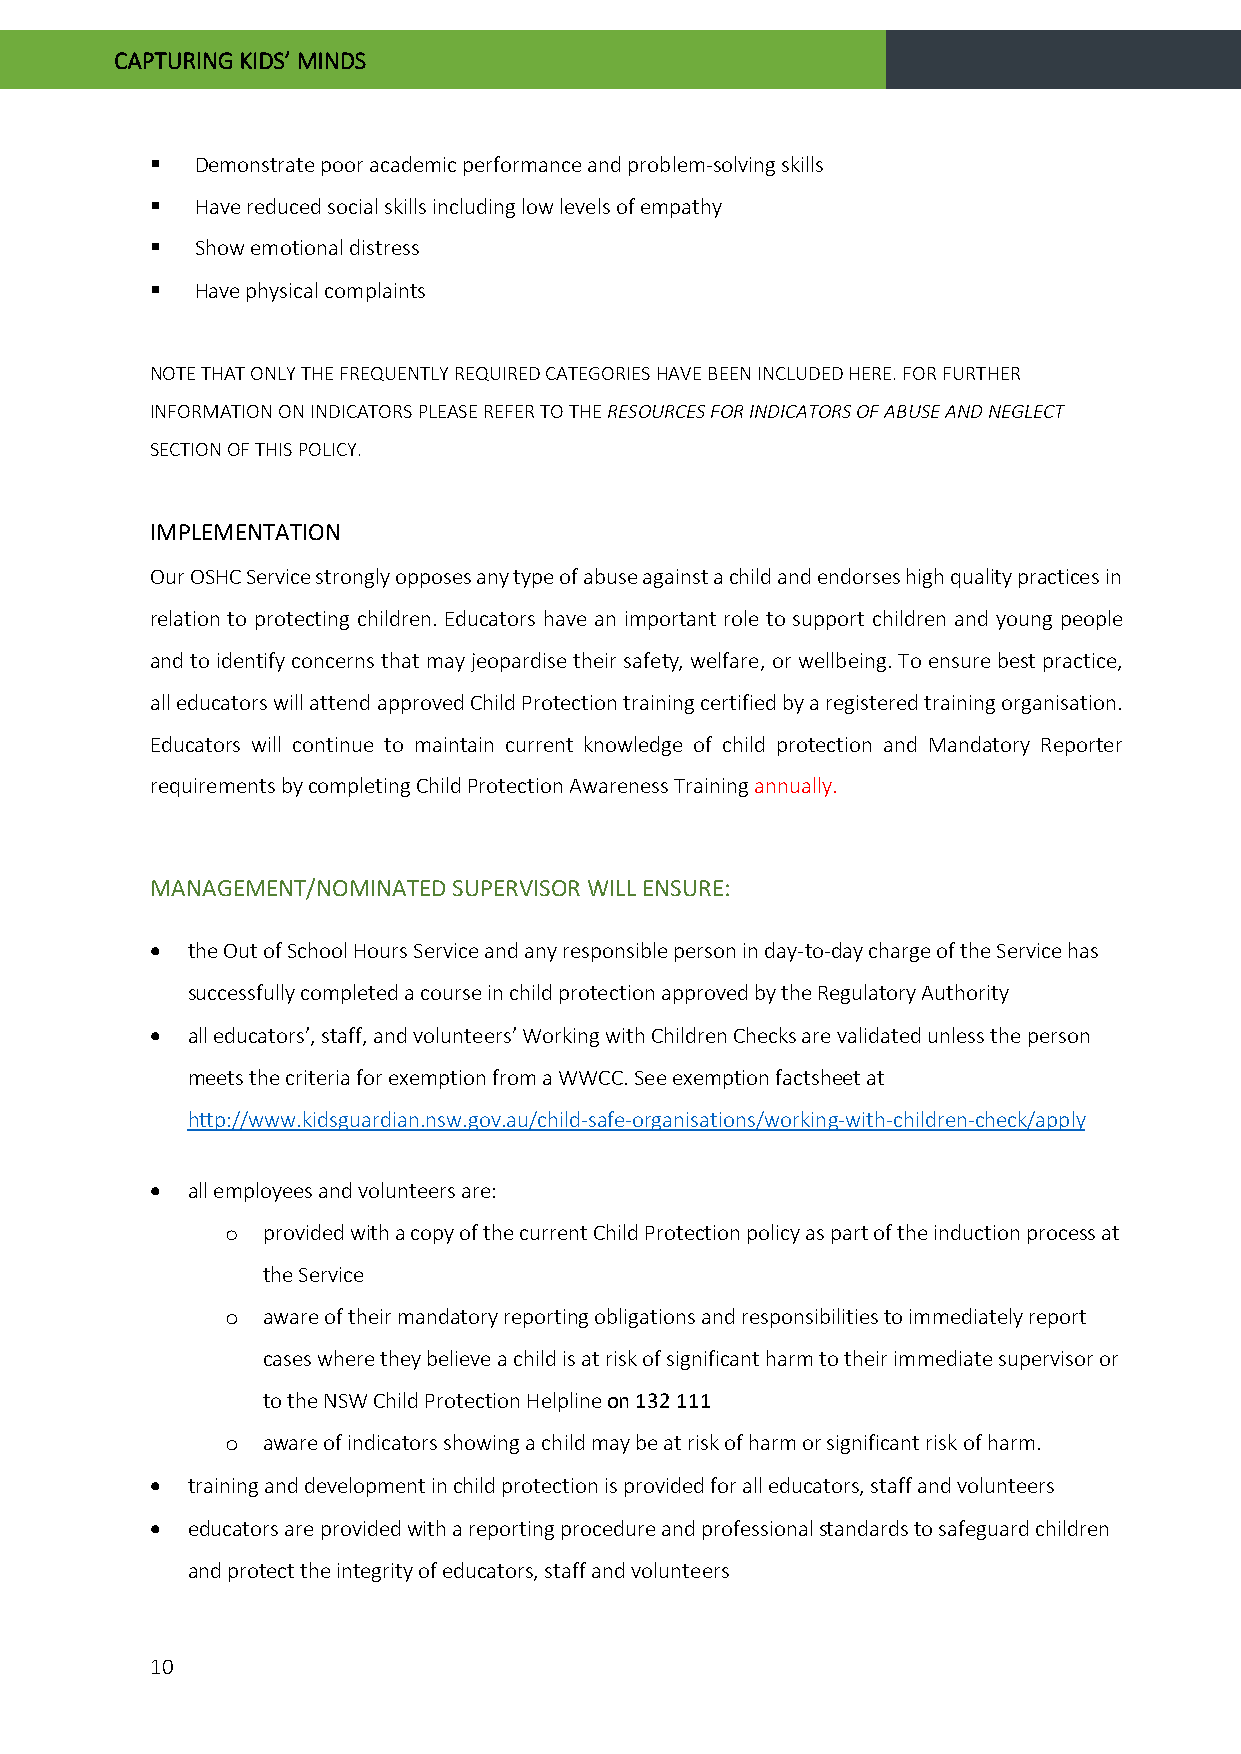
CAPTURING KIDS’ MINDS
   Demonstrate poor academic performance and problem-solving skills
   Have reduced social skills including low levels of empathy
   Show emotional distress
   Have physical complaints
 NOTE THAT ONLY THE FREQUENTLY REQUIRED CATEGORIES HAVE BEEN INCLUDED HERE. FOR FURTHER
 INFORMATION ON INDICATORS PLEASE REFER TO THE RESOURCES FOR INDICATORS OF ABUSE AND NEGLECT
 SECTION OF THIS POLICY.
 IMPLEMENTATION
 Our OSHC Service strongly opposes any type of abuse against a child and endorses high quality practices in
 relation to protecting children. Educators have an important role to support children and young people
 and to identify concerns that may jeopardise their safety, welfare, or wellbeing. To ensure best practice,
 all educators will attend approved Child Protection training certified by a registered training organisation.
 Educators will continue to maintain current knowledge of child protection and Mandatory Reporter
 requirements by completing Child Protection Awareness Training annually.
 MANAGEMENT/NOMINATED SUPERVISOR WILL ENSURE:
 • the Out of School Hours Service and any responsible person in day-to-day charge of the Service has
 successfully completed a course in child protection approved by the Regulatory Authority
 • all educators’, staff, and volunteers’ Working with Children Checks are validated unless the person
 meets the criteria for exemption from a WWCC. See exemption factsheet at
 http://www.kidsguardian.nsw.gov.au/child-safe-organisations/working-with-children-check/apply
 • all employees and volunteers are:
 provided with a copy of the current Child Protection policy as part of the induction process at
 o
 the Service
 aware of their mandatory reporting obligations and responsibilities to immediately report
 o
 cases where they believe a child is at risk of significant harm to their immediate supervisor or
 to the NSW Child Protection Helpline on 132 111
 aware of indicators showing a child may be at risk of harm or significant risk of harm.
 o
 • training and development in child protection is provided for all educators, staff and volunteers
 • educators are provided with a reporting procedure and professional standards to safeguard children
 and protect the integrity of educators, staff and volunteers
 10